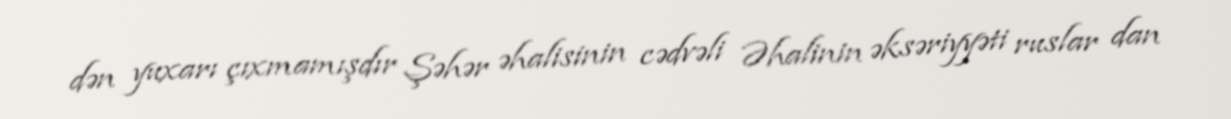
dən yuxarı çıxmamışdır Şəhər əhalisinin cədvəli Əhalinin əksəriyyəti ruslar dan